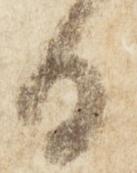
日